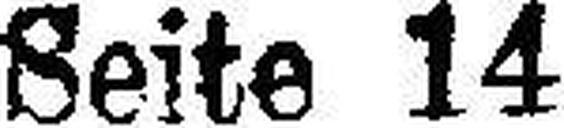
Seite 14